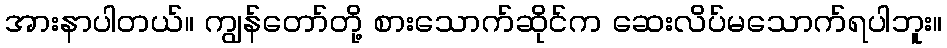
အားနာပါတယ်။ ကျွန်တော်တို့ စားသောက်ဆိုင်က ဆေးလိပ်မသောက်ရပါဘူး။